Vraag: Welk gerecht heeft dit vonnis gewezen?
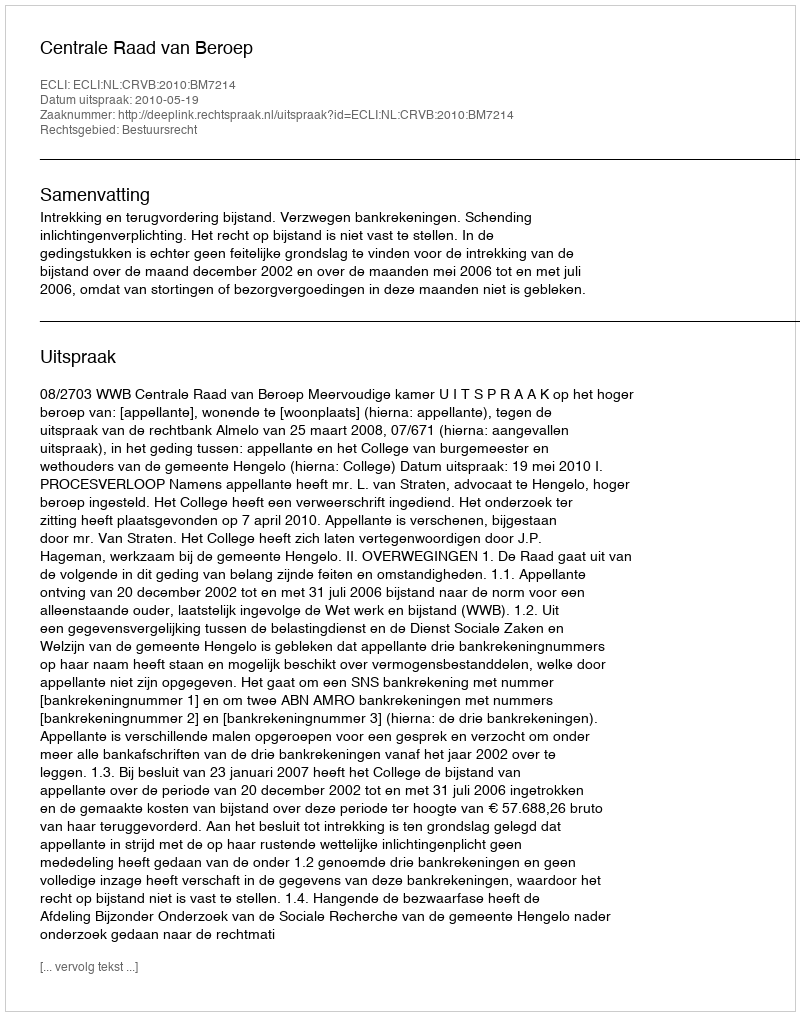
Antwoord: Centrale Raad van Beroep